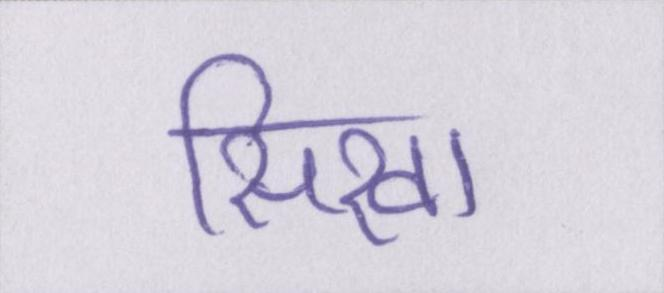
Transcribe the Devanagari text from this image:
सिखा